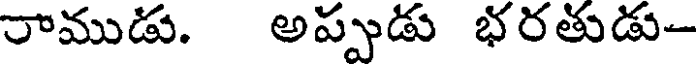
రాముడు. అప్పుడు భరతుడు--